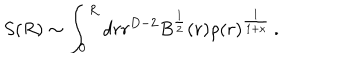
S ( R ) \sim \int _ { 0 } ^ { R } d r r ^ { D - 2 } B ^ { \frac { 1 } { 2 } } ( r ) \rho ( r ) ^ { \frac { 1 } { 1 + \kappa } } \, .